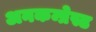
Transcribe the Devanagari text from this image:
अनकम्प्रेस्ड